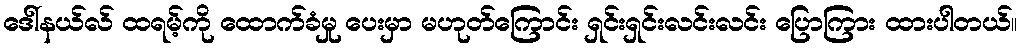
ဒေါ်နယ်လ် ထရမ့်ကို ထောက်ခံမှု ပေးမှာ မဟုတ်ကြောင်း ရှင်းရှင်းလင်းလင်း ပြောကြား ထားပါတယ်။